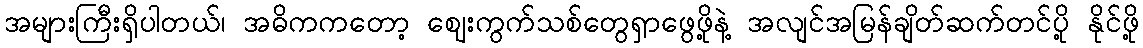
အများကြီးရှိပါတယ်၊ အဓိကကတော့ ဈေးကွက်သစ်တွေရှာဖွေဖို့နဲ့ အလျင်အမြန်ချိတ်ဆက်တင်ပို့ နိုင်ဖို့